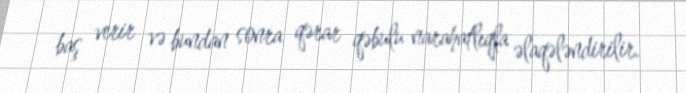
baş verir və bundan sonra qərar qəbulu narahatlıqla əlaqələndirilir.